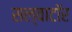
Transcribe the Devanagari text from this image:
सल्वाटॉर